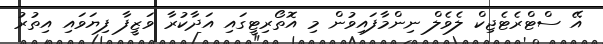
އޭ ސްޓްރެޓެޖިކް ލެވެލް ނިންމާފައިވުން މި އޮތޯރިޓީގައި އަދާކުރާ ވަޒީފާ ފިޔަވައި އިތުރު